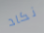
نكاد